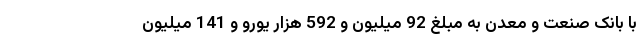
با بانک صنعت و معدن به مبلغ 92 میلیون و 592 هزار یورو و 141 میلیون